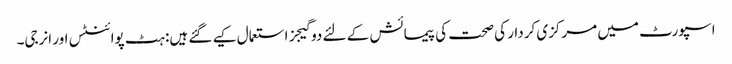
اسپورٹ میں مرکزی کردار کی صحت کی پیمائش کے لئے دو گیجز استعمال کیے گئے ہیں: ہٹ پوائنٹس اور انرجی۔